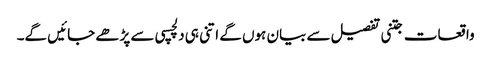
واقعات جتنی تفصیل سے بیان ہوں گے اتنی ہی دلچسپی سے پڑھے جائیں گے۔